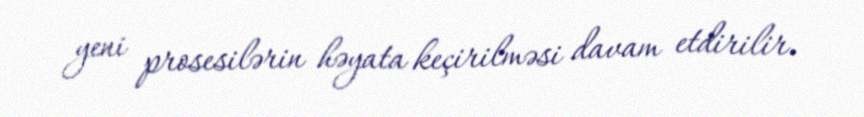
yeni prosesilərin həyata keçirilməsi davam etdirilir.